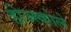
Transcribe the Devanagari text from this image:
होज्स्कोले